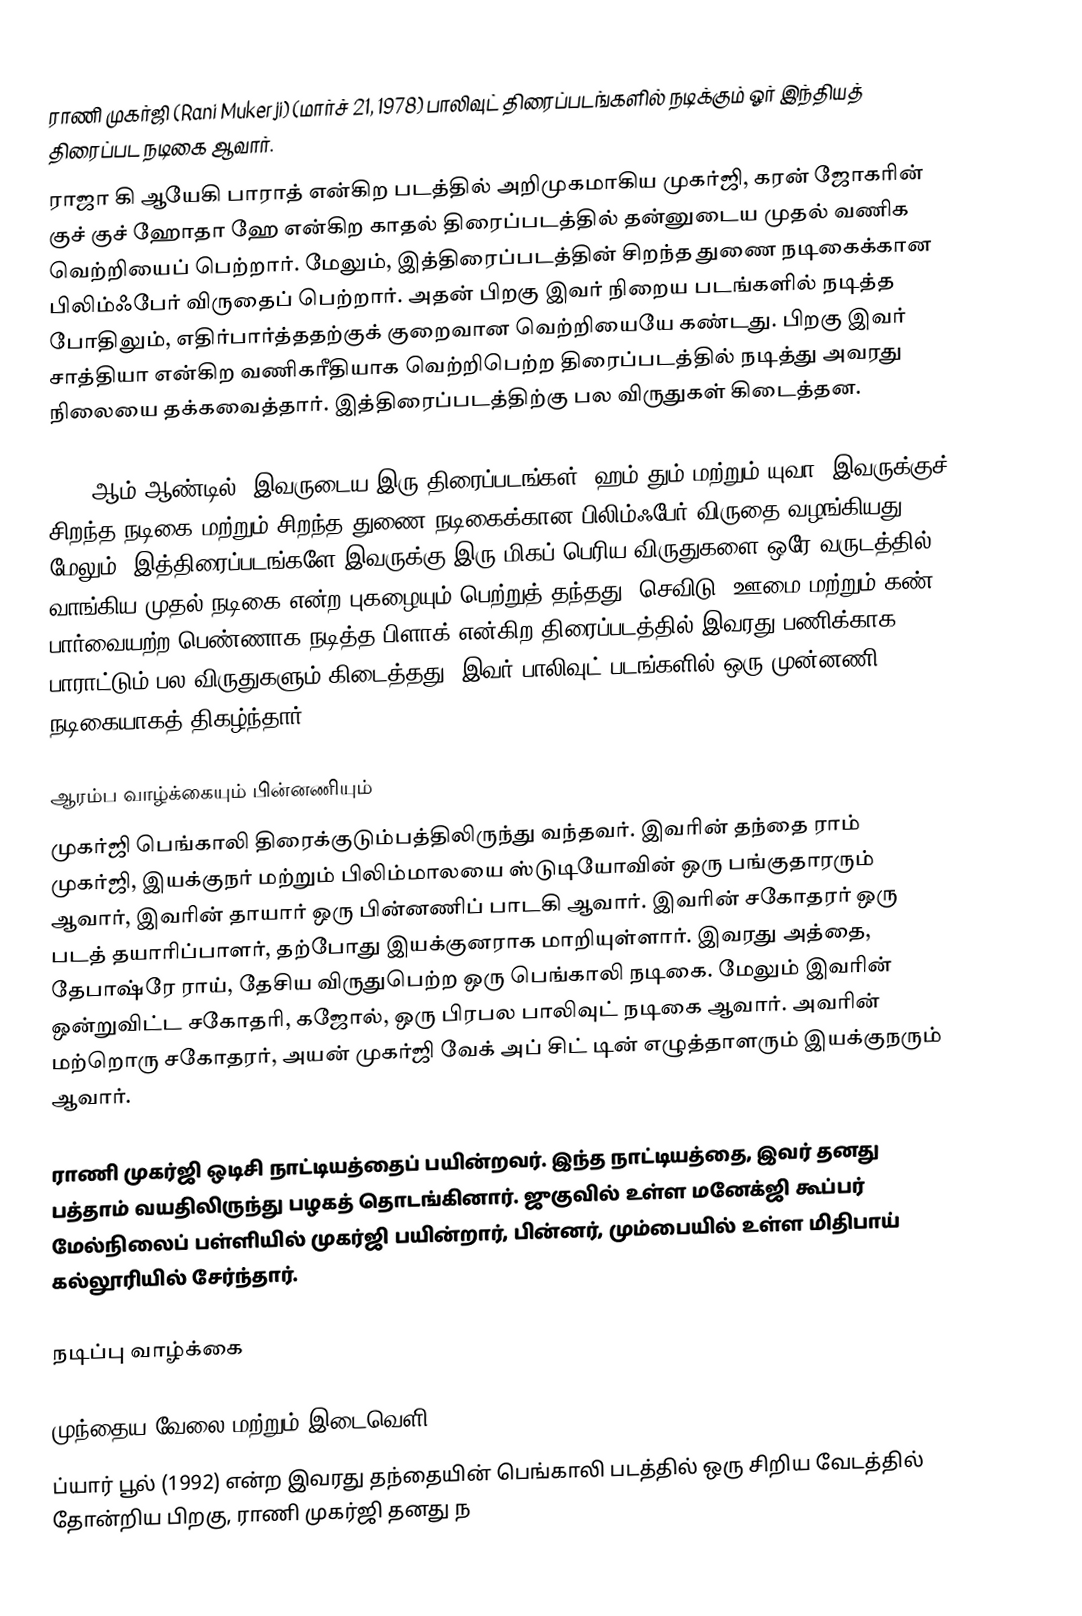
ராணி முகர்ஜி (Rani Mukerji) (மார்ச் 21, 1978)  பாலிவுட் திரைப்படங்களில் நடிக்கும் ஓர் இந்தியத் திரைப்பட நடிகை ஆவார்.
ராஜா கி ஆயேகி பாராத் என்கிற படத்தில் அறிமுகமாகிய முகர்ஜி, கரன் ஜோகரின் குச் குச் ஹோதா ஹே என்கிற காதல் திரைப்படத்தில் தன்னுடைய முதல் வணிக வெற்றியைப் பெற்றார். மேலும், இத்திரைப்படத்தின் சிறந்த துணை நடிகைக்கான பிலிம்ஃபேர் விருதைப் பெற்றார். அதன் பிறகு இவர் நிறைய படங்களில் நடித்த போதிலும், எதிர்பார்த்ததற்குக் குறைவான வெற்றியையே கண்டது. பிறகு இவர் சாத்தியா என்கிற வணிகரீதியாக வெற்றிபெற்ற திரைப்படத்தில் நடித்து அவரது நிலையை தக்கவைத்தார். இத்திரைப்படத்திற்கு பல விருதுகள் கிடைத்தன.

2004 ஆம் ஆண்டில், இவருடைய இரு திரைப்படங்கள், ஹம் தும் மற்றும் யுவா, இவருக்குச் சிறந்த நடிகை மற்றும் சிறந்த துணை நடிகைக்கான பிலிம்ஃபேர் விருதை வழங்கியது. மேலும், இத்திரைப்படங்களே இவருக்கு இரு மிகப் பெரிய விருதுகளை ஒரே வருடத்தில் வாங்கிய முதல் நடிகை என்ற புகழையும் பெற்றுத் தந்தது. செவிடு, ஊமை மற்றும் கண் பார்வையற்ற பெண்ணாக நடித்த பிளாக் என்கிற திரைப்படத்தில் இவரது பணிக்காக பாராட்டும் பல விருதுகளும் கிடைத்தது. இவர் பாலிவுட் படங்களில் ஒரு முன்னணி நடிகையாகத் திகழ்ந்தார்.

ஆரம்ப வாழ்க்கையும் பின்னணியும்
முகர்ஜி பெங்காலி திரைக்குடும்பத்திலிருந்து வந்தவர். இவரின் தந்தை ராம் முகர்ஜி, இயக்குநர் மற்றும் பிலிம்மாலயை ஸ்டுடியோவின் ஒரு பங்குதாரரும் ஆவார், இவரின் தாயார் ஒரு பின்னணிப் பாடகி ஆவார். இவரின் சகோதரர் ஒரு படத் தயாரிப்பாளர், தற்போது இயக்குனராக மாறியுள்ளார். இவரது அத்தை, தேபாஷ்ரே ராய், தேசிய விருதுபெற்ற ஒரு பெங்காலி நடிகை. மேலும் இவரின் ஒன்றுவிட்ட சகோதரி, கஜோல், ஒரு பிரபல பாலிவுட் நடிகை ஆவார்.  அவரின் மற்றொரு சகோதரர், அயன் முகர்ஜி வேக் அப் சிட் டின் எழுத்தாளரும்  இயக்குநரும் ஆவார்.

ராணி முகர்ஜி ஒடிசி நாட்டியத்தைப் பயின்றவர். இந்த நாட்டியத்தை, இவர் தனது பத்தாம் வயதிலிருந்து பழகத் தொடங்கினார். ஜுகுவில் உள்ள மனேக்ஜி கூப்பர் மேல்நிலைப் பள்ளியில் முகர்ஜி பயின்றார், பின்னர், மும்பையில் உள்ள மிதிபாய் கல்லூரியில் சேர்ந்தார்.

நடிப்பு வாழ்க்கை

முந்தைய வேலை மற்றும் இடைவெளி, 1997-2002
ப்யார் பூல் (1992) என்ற இவரது தந்தையின் பெங்காலி படத்தில் ஒரு சிறிய வேடத்தில் தோன்றிய பிறகு, ராணி முகர்ஜி தனது  ந